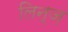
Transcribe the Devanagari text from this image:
लिन्ज़